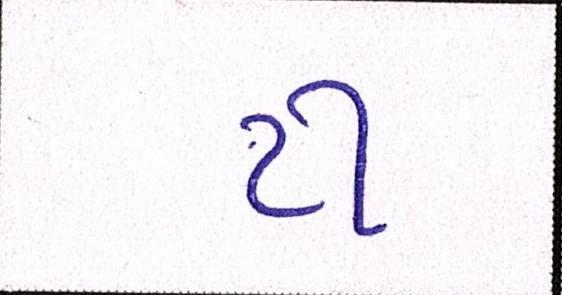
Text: ટી